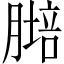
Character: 𦟷